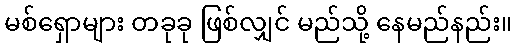
မစ်ရှောများ တခုခု ဖြစ်လျှင် မည်သို့ နေမည်နည်း။